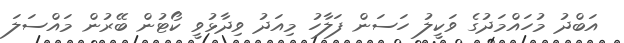
އަބްދު މުހައްމަދުގެ ވަކީލު ހަސަން ފަލާހު މިއަދު ވިދާޅުވީ ކޯޓުން ބޭރުން މައްސަލަ